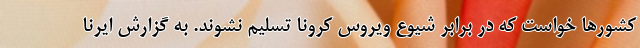
کشورها خواست که در برابر شیوع ویروس کرونا تسلیم نشوند. به گزارش ایرنا